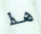
هذا